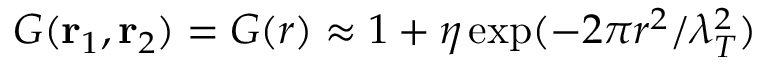
G ( \mathbf { r } _ { 1 } , \mathbf { r } _ { 2 } ) = G ( r ) \approx 1 + \eta \exp ( - 2 \pi r ^ { 2 } / \lambda _ { T } ^ { 2 } )